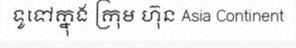
ទូទៅក្នុង ក្រុម ហ៊ុន Asia Continent